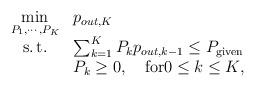
LaTeX: \begin{align*}\begin{array}{*{20}{cl}}{\mathop {\rm min}\limits_{{P_1},\cdots,{P_K}} }&{p_{out,K}}\\{{\rm{s.}}\,{\rm{t.}}}&{{\sum\nolimits_{k = 1}^K {{P_k}{p_{out,k - 1}}}} \le P_{\rm given} }\\{}&{{P_k} \ge 0,\quad{\rm for}0 \le k \le K},\\\end{array}\end{align*}